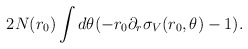
\begin{align*}2 N(r_0) \int d\theta (-r_0 \partial_r\sigma_V(r_0,\theta)-1).\end{align*}